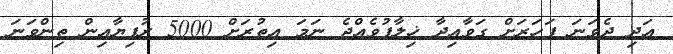
އަދި ދެވަނަ ފަހަރަށް ގަވާއިދާ ޚިލާފުވެއްޖެ ނަމަ އިތުރަށް 5000 ރުފިޔާއިން ތިންވަނަ